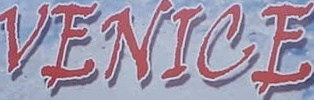
VENICE